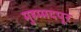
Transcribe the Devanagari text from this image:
मुहम्मदपूर